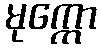
မုက္ကော